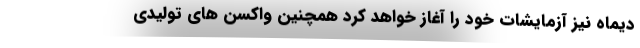
دیماه نیز آزمایشات خود را آغاز خواهد کرد همچنین واکسن های تولیدی